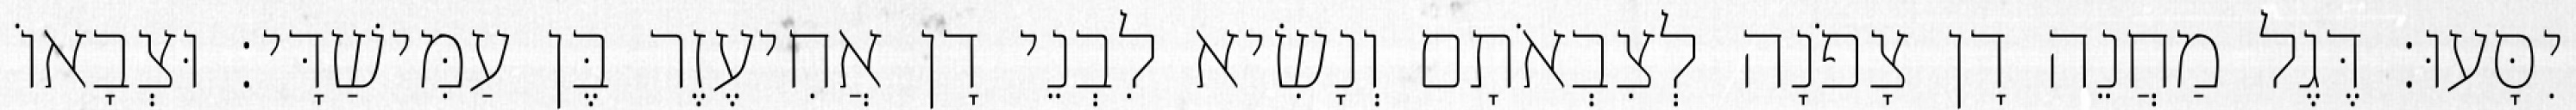
יִסָּעוּ׃ דֶּגֶל מַחֲנֵה דָן צָפֹנָה לְצִבְאֹתָם וְנָשִׂיא לִבְנֵי דָן אֲחִיעֶזֶר בֶּן עַמִּישַׁדָּי׃ וּצְבָאוֹ